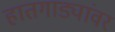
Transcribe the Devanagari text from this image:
हातगाड्यांवर